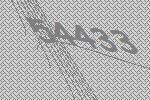
54433